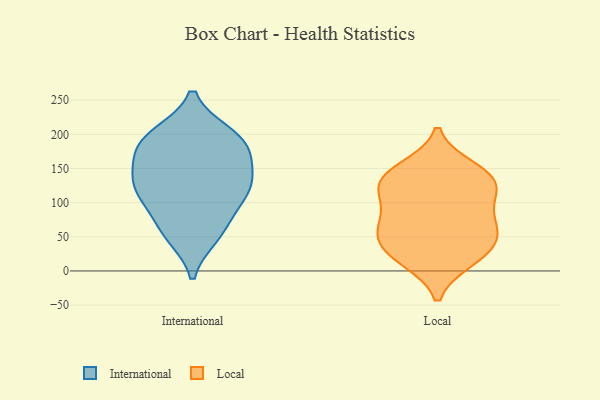
{"axis": {"x": "Customer Acquisition Cost (USD)", "y": "Value"}, "legend": ["International", "Local"], "data": [{"x": "", "y": 193, "type": "International"}, {"x": "", "y": 146, "type": "International"}, {"x": "", "y": 200, "type": "International"}, {"x": "", "y": 54, "type": "International"}, {"x": "", "y": 122, "type": "International"}, {"x": "", "y": 165, "type": "International"}, {"x": "", "y": 168, "type": "International"}, {"x": "", "y": 102, "type": "International"}, {"x": "", "y": 126, "type": "International"}, {"x": "", "y": 199, "type": "International"}, {"x": "", "y": 51, "type": "International"}, {"x": "", "y": 186, "type": "International"}, {"x": "", "y": 113, "type": "International"}, {"x": "", "y": 71, "type": "International"}, {"x": "", "y": 125, "type": "International"}, {"x": "", "y": 119, "type": "Local"}, {"x": "", "y": 131, "type": "Local"}, {"x": "", "y": 129, "type": "Local"}, {"x": "", "y": 65, "type": "Local"}, {"x": "", "y": 17, "type": "Local"}, {"x": "", "y": 48, "type": "Local"}, {"x": "", "y": 80, "type": "Local"}, {"x": "", "y": 150, "type": "Local"}, {"x": "", "y": 144, "type": "Local"}, {"x": "", "y": 16, "type": "Local"}, {"x": "", "y": 47, "type": "Local"}, {"x": "", "y": 115, "type": "Local"}, {"x": "", "y": 76, "type": "Local"}, {"x": "", "y": 34, "type": "Local"}]}